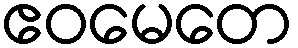
ဧဝမေတေ